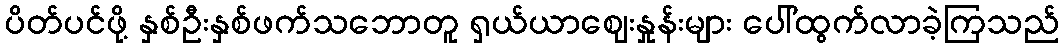
ပိတ်ပင်ဖို့ နှစ်ဦးနှစ်ဖက်သဘောတူ ရှယ်ယာဈေးနှုန်းများ ပေါ်ထွက်လာခဲ့ကြသည်